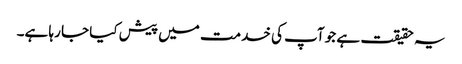
یہ حقیقت ہے جو آپ کی خدمت میں پیش کیا جا رہا ہے۔